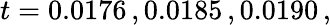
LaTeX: t=0.0176\, ,0.0185\, ,0.0190\, ,